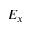
E _ { x }